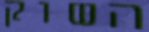
השוק